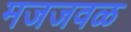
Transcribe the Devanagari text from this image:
मजजवळ